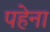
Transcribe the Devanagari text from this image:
पहेना